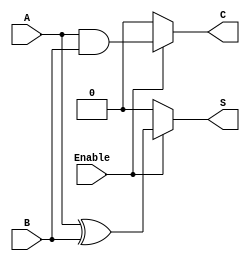
module Conditional_Half_Adder (
    input wire A,        // Single-bit binary input A
    input wire B,        // Single-bit binary input B
    input wire Enable,   // Control signal to enable addition
    output wire S,       // Sum output
    output wire C        // Carry output
);

// Combinational logic for Conditional Half-Adder
assign S = (Enable) ? (A ^ B) : 1'b0;  // Sum: A XOR B when Enable is high, else 0
assign C = (Enable) ? (A & B) : 1'b0;  // Carry: A AND B when Enable is high, else 0

endmodule